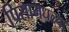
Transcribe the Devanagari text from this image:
पिसामधल्या